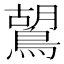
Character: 鶦